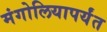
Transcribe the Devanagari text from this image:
मंगोलियापर्यंत